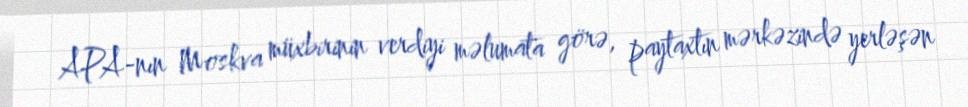
APA-nın Moskva müxbirinin verdiyi məlumata görə, paytaxtın mərkəzində yerləşən